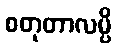
စတုတာလမ္ပိ